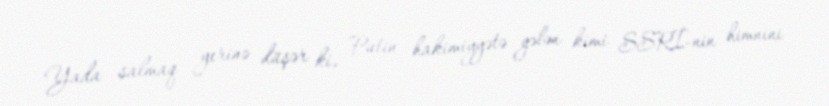
Yada salmaq yerinə düşər ki, Putin hakimiyyətə gələn kimi SSRİ-nin himnini